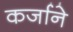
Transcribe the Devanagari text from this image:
कर्जाने